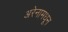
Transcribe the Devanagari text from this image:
अरेनामधून